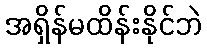
အရှိန်မထိန်းနိုင်ဘဲ